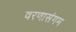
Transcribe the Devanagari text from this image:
वरणासंगम